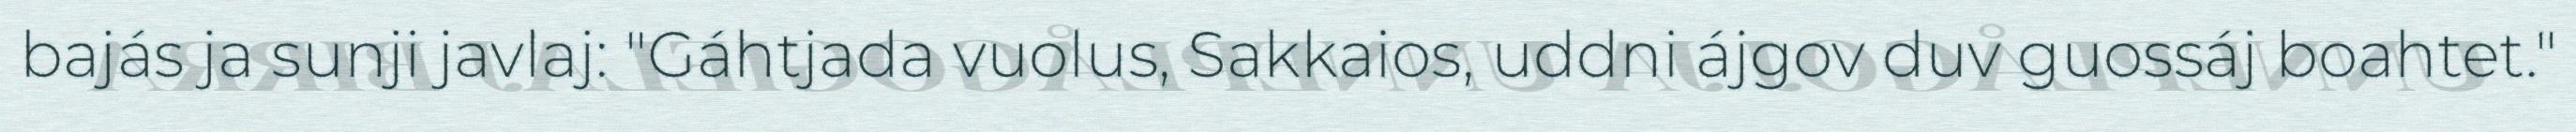
bajás ja sunji javlaj: "Gáhtjada vuolus, Sakkaios, uddni ájgov duv guossáj boahtet."